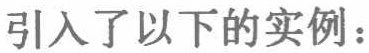
引入了以下的实例：